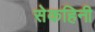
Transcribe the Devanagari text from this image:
सेकहिनी